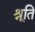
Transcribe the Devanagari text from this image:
श्रूति